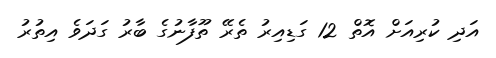
އަދި ކުރިއަށް އޮތް 12 ގަޑިއިރު ތެރޭ ތޫފާނުގެ ބާރު ގަދަވެ އިތުރު